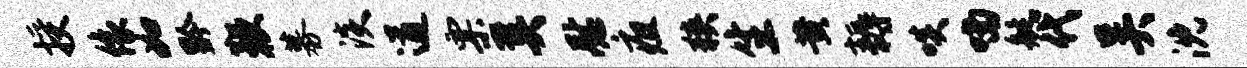
授像如黔鞭募淡遒票奚慰疽狭生黄耨啖喃艇代吴沈